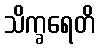
သိက္ခရေတိ